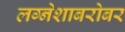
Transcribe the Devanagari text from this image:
लग्नेशाबरोबर